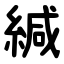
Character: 緘